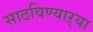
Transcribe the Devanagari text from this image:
साठविण्याऱ्या